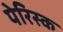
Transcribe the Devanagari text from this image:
पेरिस्क